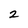
Character: 2